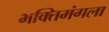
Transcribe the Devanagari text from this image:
भक्तिमंगला